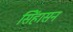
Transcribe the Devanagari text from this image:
सिेंहासन